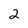
Character: 2